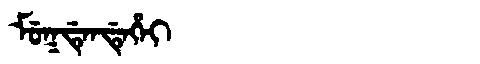
Manchu: ᠮᡠᡴᡩᡝᠨᡩᡝᡥᡝᡳ
Romanization: MUKDENDEHEI